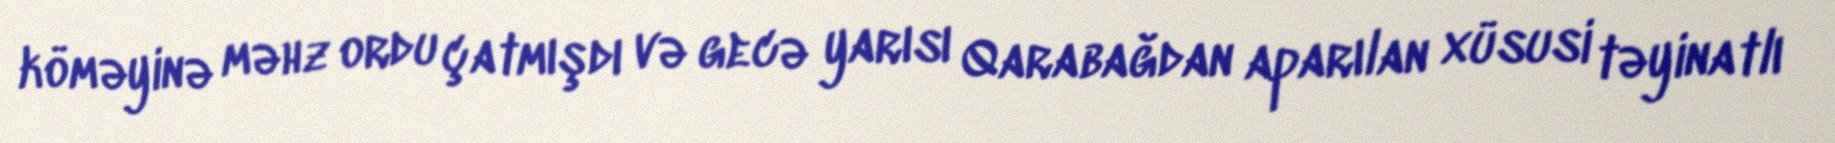
köməyinə məhz ordu çatmışdı və gecə yarısı Qarabağdan aparılan xüsusi təyinatlı